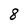
Character: 8